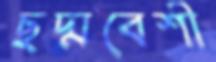
ছদ্মবেশী